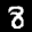
Label: 8